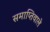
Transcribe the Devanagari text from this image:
समाप्तिवाले